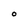
Character: O